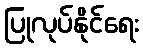
ပြုလုပ်နိုင်ရေး